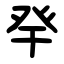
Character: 癷